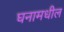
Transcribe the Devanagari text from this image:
घनामधील